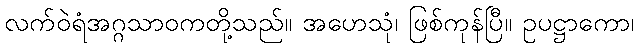
လက်ဝဲရံအဂ္ဂသာဝကတို့သည်။ အဟေသုံ၊ ဖြစ်ကုန်ပြီ။ ဥပဋ္ဌာကော၊